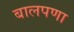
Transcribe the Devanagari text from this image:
बालपणा